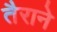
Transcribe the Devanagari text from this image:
तैराने